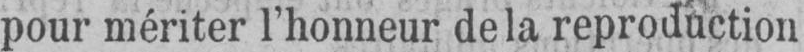
pour mériter l’honneur de la reproduction